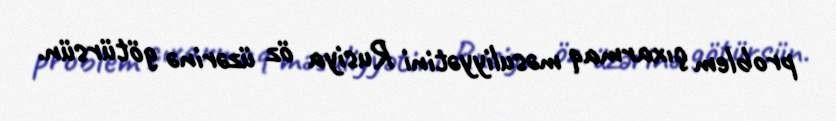
problem çıxarmaq məsuliyyətini Rusiya öz üzərinə götürsün.